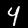
Digit: 4